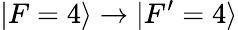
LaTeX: \vert F=4\rangle\rightarrow\vert F^{\prime}=4\rangle